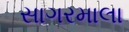
સાગરમાલા